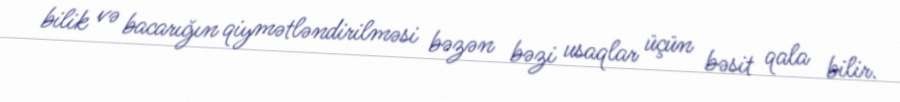
bilik və bacarığın qiymətləndirilməsi bəzən bəzi usaqlar üçün bəsit qala bilir.